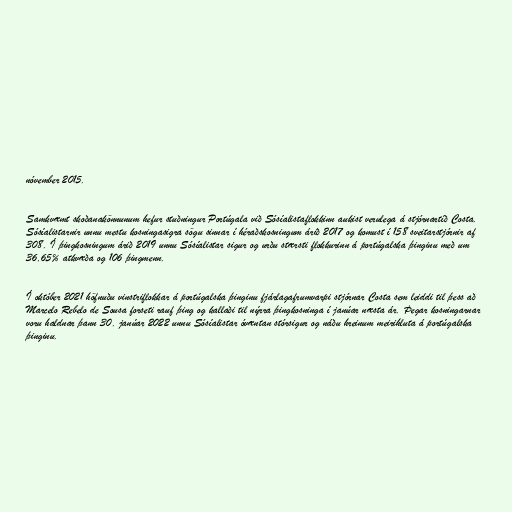
nóvember 2015.

Samkvæmt skoðanakönnunum hefur stuðningur Portúgala við Sósíalistaflokkinn aukist verulega á stjórnartíð Costa.
Sósíalistarnir unnu mestu kosningasigra sögu sinnar í héraðskosningum árið 2017 og komust í 158 sveitarstjórnir af
308. Í þingkosningum árið 2019 unnu Sósíalistar sigur og urðu stærsti flokkurinn á portúgalska þinginu með um
36,65% atkvæða og 106 þingmenn.

Í október 2021 höfnuðu vinstriflokkar á portúgalska þinginu fjárlagafrumvarpi stjórnar Costa sem leiddi til þess að
Marcelo Rebelo de Sousa forseti rauf þing og kallaði til nýrra þingkosninga í janúar næsta ár. Þegar kosningarnar
voru haldnar þann 30. janúar 2022 unnu Sósíalistar óvæntan stórsigur og náðu hreinum meirihluta á portúgalska
þinginu.